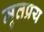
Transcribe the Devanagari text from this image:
मृतप्रय